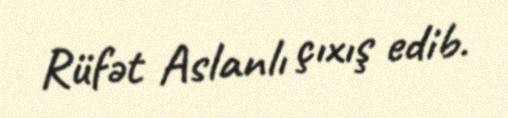
Rüfət Aslanlı çıxış edib.